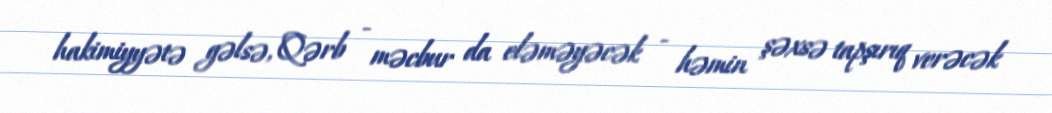
hakimiyyətə gəlsə, Qərb - məcbur da eləməyəcək - həmin şəxsə tapşırıq verəcək